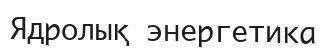
Ядролық энергетика